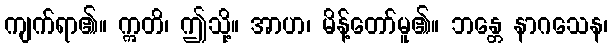
ကျက်ရာ၏။ ဣတိ၊ ဤသို့။ အာဟ၊ မိန့်တော်မူ၏။ ဘန္တေ နာဂသေန၊